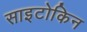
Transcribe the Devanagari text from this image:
साइटोकिन